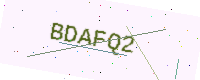
Text: BDAFQ2